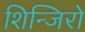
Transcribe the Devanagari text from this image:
शिन्जिरो